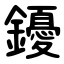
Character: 䥳